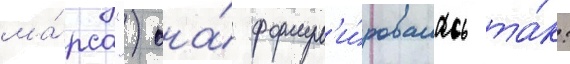
ма́рса") она́ формул'и́ровалась та́к: